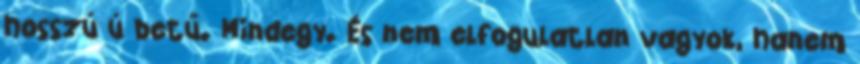
hosszú ú betű. Mindegy. És nem elfogulatlan vagyok, hanem